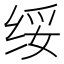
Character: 绥